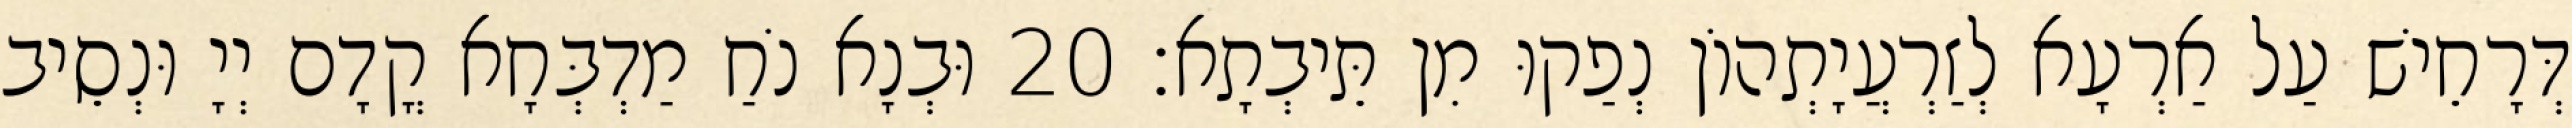
דְּרָחֵישׁ עַל אַרְעָא לְזַרְעֲיָתְהוֹן נְפַקוּ מִן תֵּיבְתָא׃ 20 וּבְנָא נֹחַ מַדְבְּחָא קֳדָם יְיָ וּנְסֵיב